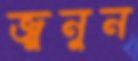
জুনুন